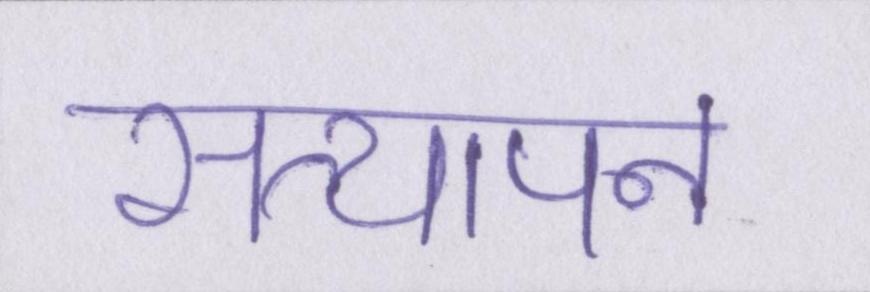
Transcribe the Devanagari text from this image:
सत्यापन